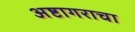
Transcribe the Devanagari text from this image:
अष्टागराचा